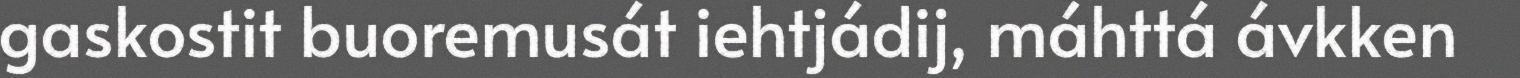
gaskostit buoremusát iehtjádij, máhttá ávkken